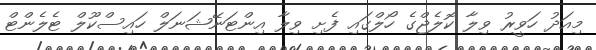
މިއަދު ހަވީރު ވިލާ ކޮލެޖްގެ ހޯލްގައި ފެށި ވިލާ އިންޓަނޭޝަނަލް ހައިސްކޫލް ޓެލެންޓް